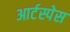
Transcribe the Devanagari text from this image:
आर्टस्पेस